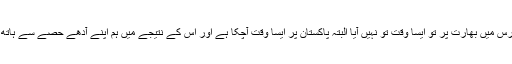
پچھلے پچاس برس میں بھارت پر تو ایسا وقت تو نہیں آیا البتہ پاکستان پر ایسا وقت آچکا ہے اور اس کے نتیجے میں ہم اپنے آدھے حصے سے ہاتھ دھو چکے ہیں۔